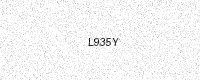
Text: L935Y